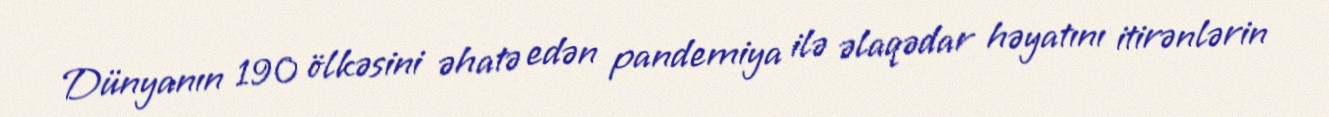
Dünyanın 190 ölkəsini əhatə edən pandemiya ilə əlaqədar həyatını itirənlərin